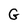
Character: G